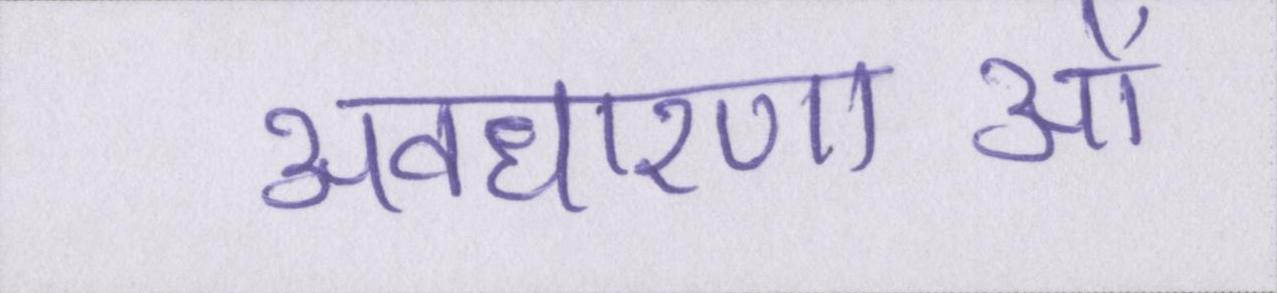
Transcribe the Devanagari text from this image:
अवधारणाओं